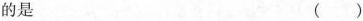
的是 （）